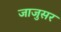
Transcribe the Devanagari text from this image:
जाजुसर